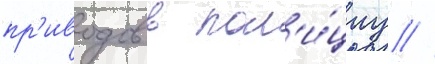
пр'иводов в пол'и́циу //